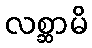
လစ္ဆာမိ